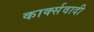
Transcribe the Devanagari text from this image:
कार्क्सवादी